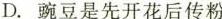
D.豌豆是先开花后传粉